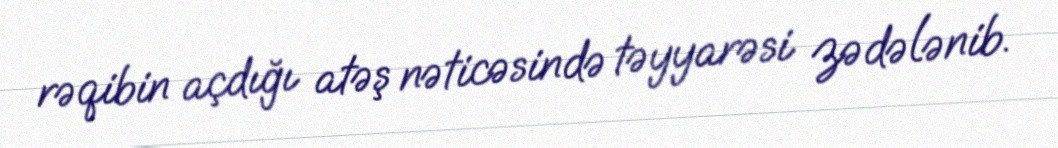
rəqibin açdığı atəş nəticəsində təyyarəsi zədələnib.